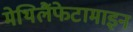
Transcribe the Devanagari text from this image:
मेथिलैंफेटामाइन